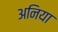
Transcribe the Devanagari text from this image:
अनिया